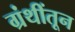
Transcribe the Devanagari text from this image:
ग्रंथींतून